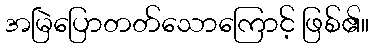
အမြဲပြောတတ်သောကြောင့် ဖြစ်၏။